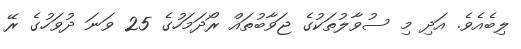
ލިބެއެވެ. އަދި މި ސުވާލުތަކުގެ ޖަވާބުތައް ރޯދަމަހުގެ 25 ވަނަ ދުވަހުގެ ރޭ